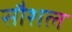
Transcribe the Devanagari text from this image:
सौशल